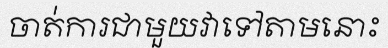
ចាត់ការជាមួយវាទៅតាមនោះ